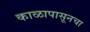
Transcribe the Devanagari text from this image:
काळापासूनचा